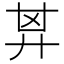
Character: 𢍌